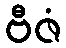
ဗီဇံ